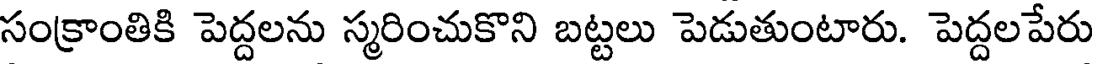
సంక్రాంతికి పెద్దలను స్మరించుకొని బట్టలు పెడుతుంటారు. పెద్దలపేరు